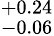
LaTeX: ^{+0.24}_{-0.06}